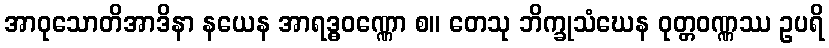
အာဝုသောတိအာဒိနာ နယေန အာရဒ္ဓဝဏ္ဏော စ။ တေသု ဘိက္ခုသံဃေန ဝုတ္တဝဏ္ဏဿ ဥပရိ